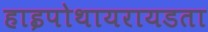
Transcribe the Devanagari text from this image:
हाइपोथायरायडता